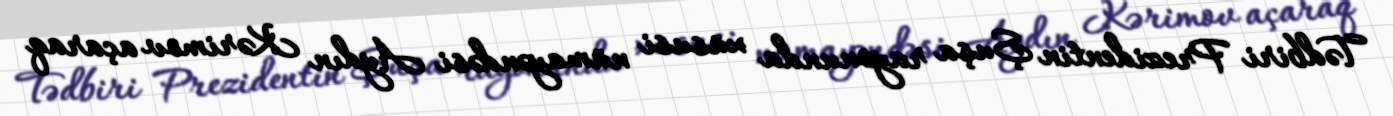
Tədbiri Prezidentin Şuşa rayonunda xüsusi nümayəndəsi Aydın Kərimov açaraq